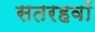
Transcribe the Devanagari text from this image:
सतरहवॉं